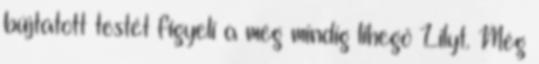
bújtatott testét figyeli a még mindig lihegő Lilyt. Még